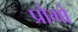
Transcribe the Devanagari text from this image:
प्रोगो